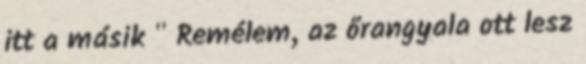
itt a másik " Remélem, az őrangyala ott lesz